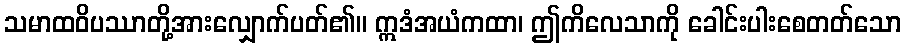
သမာထဝိပဿာတို့အားလျှောက်ပတ်၏။ ဣဒံအယံကထာ၊ ဤကိလေသာကို ခေါင်းပါးစေတတ်သော